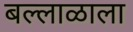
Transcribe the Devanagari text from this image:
बल्लाळाला